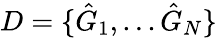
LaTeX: D=\{ \hat{G}_{1},...\hat{G}_{N}\}